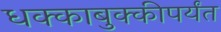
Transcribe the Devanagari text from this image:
धक्काबुक्कीपर्यंत